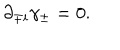
\partial _ { \mp i } \gamma _ { \pm } = 0 .